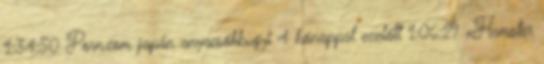
1:34:50 Porn.com japán anyacsókbugyi 4 hónappal ezelőtt 1:06:29 xHamster